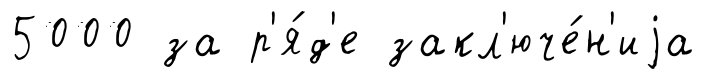
5000 за р'я́д'е закл'юче́н'иjа